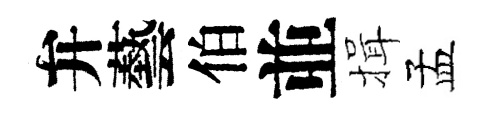
弁藝伯並揖孟